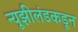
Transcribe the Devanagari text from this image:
न्यूझीलंडकडून